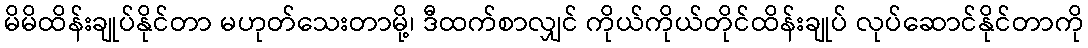
မိမိထိန်းချုပ်နိုင်တာ မဟုတ်သေးတာမို့၊ ဒီထက်စာလျှင် ကိုယ်ကိုယ်တိုင်ထိန်းချုပ် လုပ်ဆောင်နိုင်တာကို